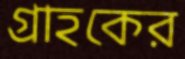
গ্রাহকের